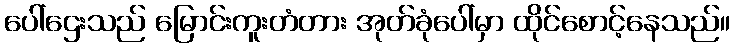
ပေါ်ဌေးသည် မြောင်းကူးတံတား အုတ်ခုံပေါ်မှာ ထိုင်စောင့်နေသည်။